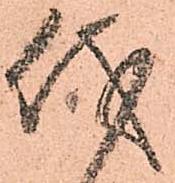
儀